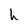
Character: k